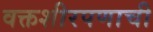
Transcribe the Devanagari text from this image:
वक्तशीरपणाची